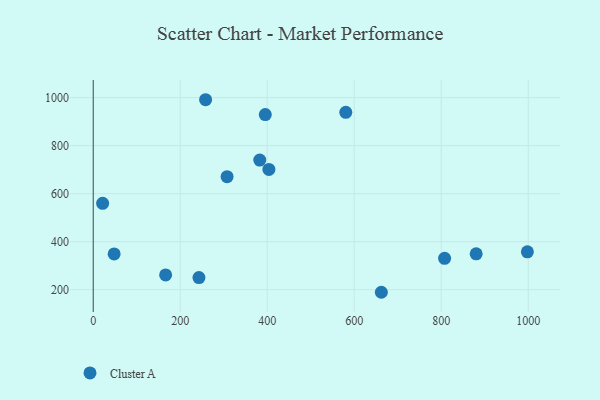
{"axis": {"x": "Ad Spend", "y": "Exam Score"}, "legend": ["Cluster A"], "data": [{"x": "807.7", "y": 330.7, "type": "Cluster A"}, {"x": "403.8", "y": 701.0, "type": "Cluster A"}, {"x": "395.5", "y": 929.6, "type": "Cluster A"}, {"x": "382.8", "y": 740.0, "type": "Cluster A"}, {"x": "166.4", "y": 261.5, "type": "Cluster A"}, {"x": "48.1", "y": 349.0, "type": "Cluster A"}, {"x": "21.6", "y": 559.7, "type": "Cluster A"}, {"x": "307.7", "y": 670.6, "type": "Cluster A"}, {"x": "998.0", "y": 357.5, "type": "Cluster A"}, {"x": "580.6", "y": 938.7, "type": "Cluster A"}, {"x": "258.3", "y": 991.3, "type": "Cluster A"}, {"x": "243.0", "y": 250.4, "type": "Cluster A"}, {"x": "662.3", "y": 189.1, "type": "Cluster A"}, {"x": "880.3", "y": 349.3, "type": "Cluster A"}]}